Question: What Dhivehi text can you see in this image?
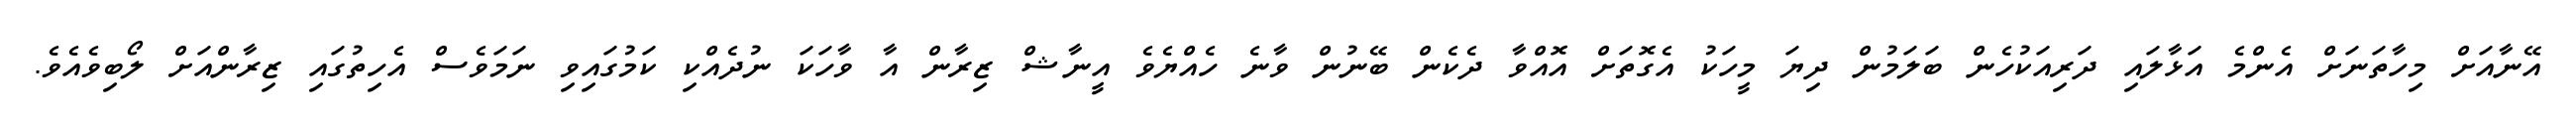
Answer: އޭނާއަށް މިހާތަނަށް އެންމެ އަޅާލައި ދަރިއަކުހެން ބަލަމުން ދިޔަ މީހަކު އެގޮތަށް އޮއްވާ ދެކެން ބޭނުން ވާނެ ހެއްޔެވެ އީނާޝް ޒިރާން އާ ވާހަކަ ނުދެއްކި ކަމުގައިވި ނަމަވެސް އެހިތުގައި ޒިރާންއަށް ލޯބިވެއެވެ.